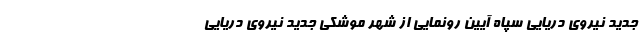
جدید نیروی دریایی سپاه آیین رونمایی از شهر موشکی جدید نیروی دریایی